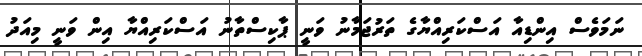
ނަމަވެސް އިންޑިއާ އަސްކަރިއްޔާގެ ތަރުޖަމާނު ވަނީ ޕާކިސްތާނު އަސްކަރިއްޔާ އިން ވަނީ މިއަދު